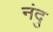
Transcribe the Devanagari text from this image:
नंदु